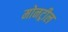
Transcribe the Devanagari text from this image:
मोनट्रील